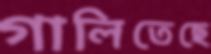
গালিতেছে